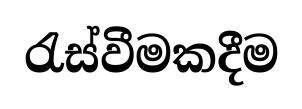
රැස්වීමකදීම